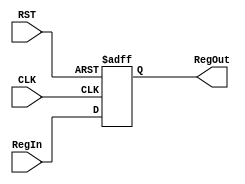
//Ports & Parameters
module Register #(
    parameter Reg_width = 'd32
) (
    input  wire   [Reg_width-1:0] RegIn,
    input  wire                   CLK,
    input  wire                   RST,
    output reg    [Reg_width-1:0] RegOut
);


always @(posedge CLK or negedge RST) begin
    if(!RST) begin
        RegOut <= 'b0;
    end

    else begin
        RegOut <= RegIn;
    end
end
    
endmodule